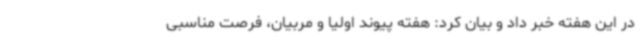
در این هفته خبر داد و بیان کرد: هفته پیوند اولیا و مربیان، فرصت مناسبی